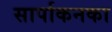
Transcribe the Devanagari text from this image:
सार्पाकनका